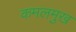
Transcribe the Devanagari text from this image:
कमलमुख